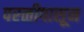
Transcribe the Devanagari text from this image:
परळीपासून